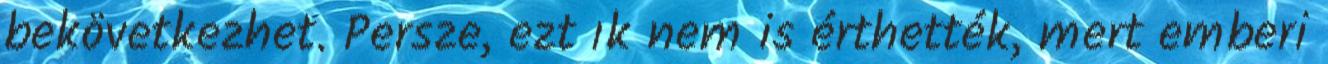
bekövetkezhet. Persze, ezt ık nem is érthették, mert emberi